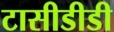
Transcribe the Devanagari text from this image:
टासीडीडी